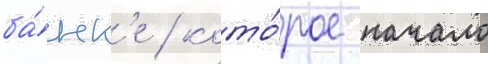
ба́нк'е / кото́рое начало